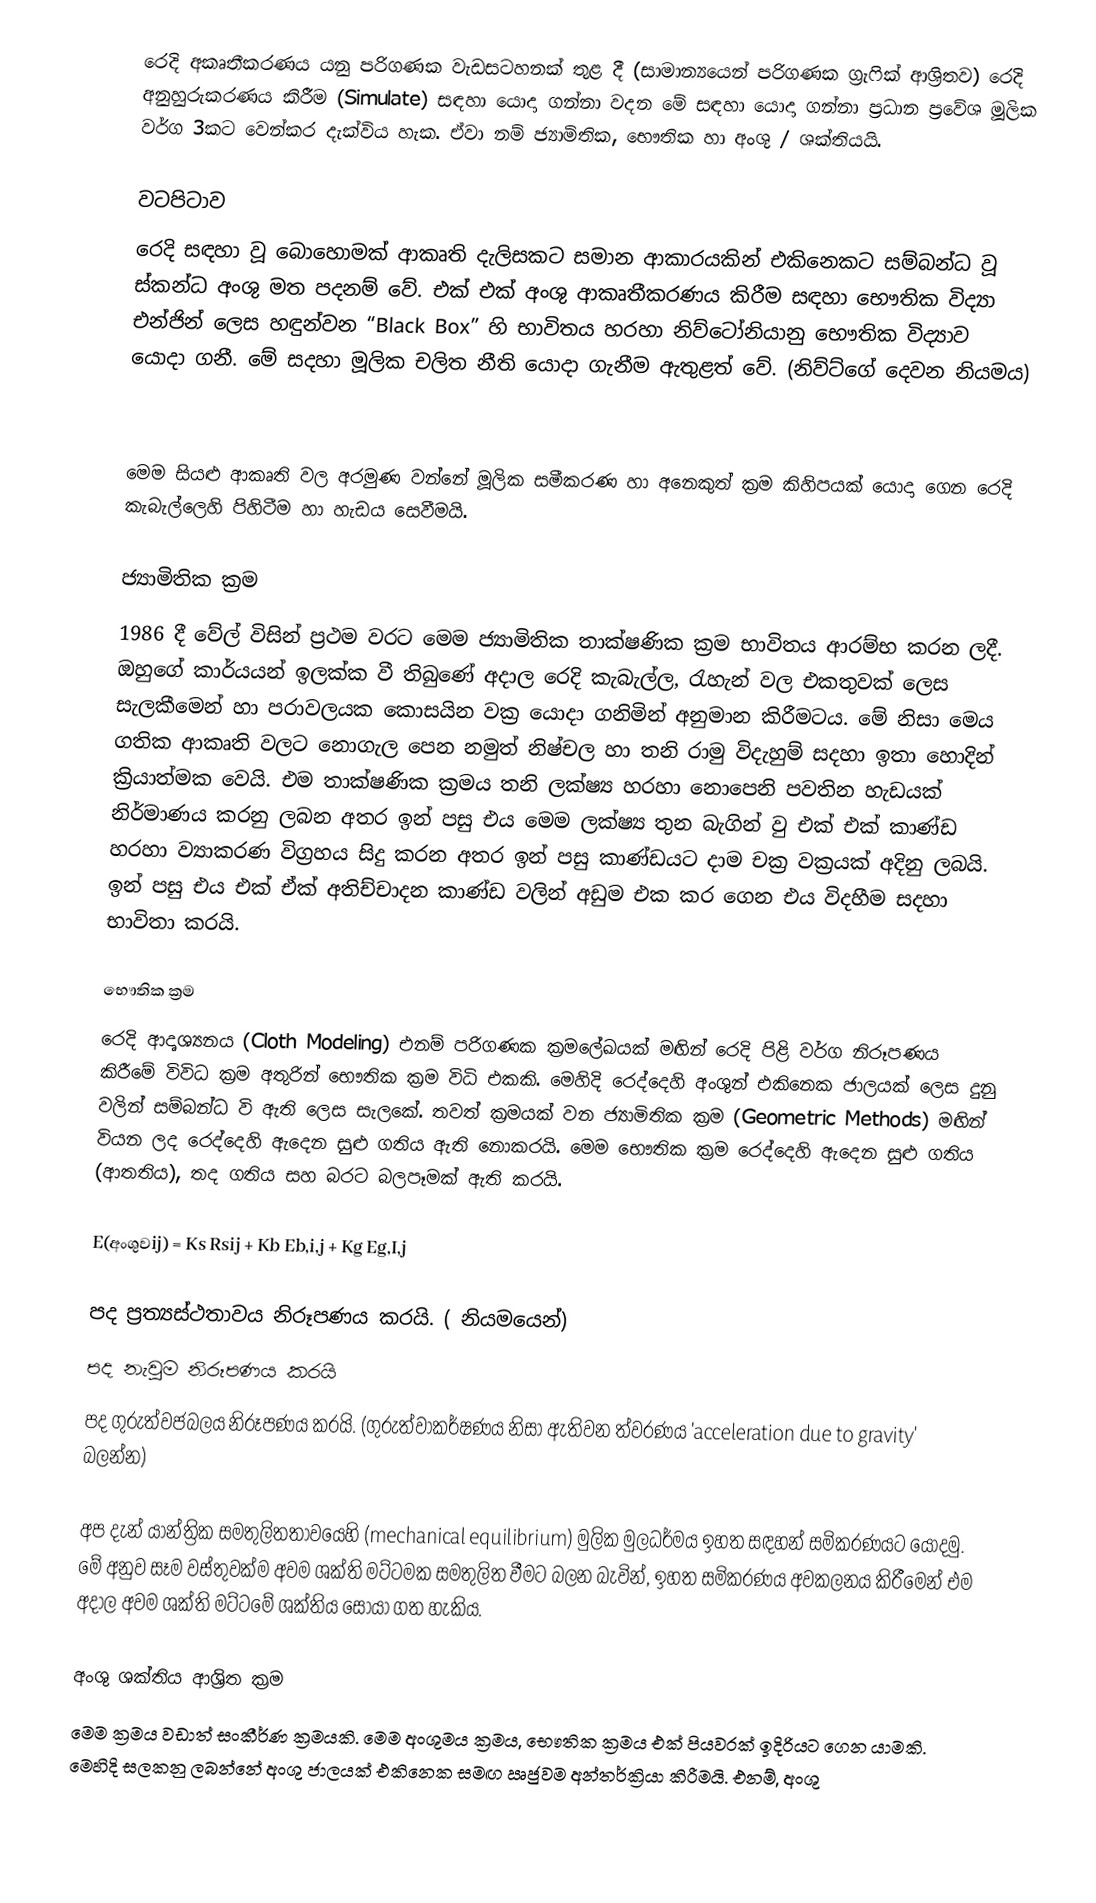
රෙදි අකෘතීකරණය යනු පරිගණක වැඩසටහනක් තුළ දී (සාමාන්‍යයෙන් පරිගණක ග්‍රැෆික් ආශ්‍රිතව) රෙදි අනුහුරුකරණය කිරීම (Simulate) සඳහා යොදා ගන්නා වදන මේ සඳහා යොදා ගන්නා ප්‍රධාන ප්‍රවේශ මූලික වර්ග 3කට වෙන්කර දැක්විය හැක. ඒවා නම් ජ්‍යාමිතික, භෞතික හා අංශු / ශක්තියයි.

වටපිටාව
රෙදි සඳහා වූ බොහොමක් ආකෘති දැලිසකට සමාන ආකාරයකින් එකිනෙකට සම්බන්ධ වූ ස්කන්ධ අංශු මත පදනම් වේ. එක් එක් අංශු ආකෘතීකරණය කිරීම සඳහා භෞතික විද්‍යා එන්ජින් ලෙස හඳුන්වන “Black Box” හි භාවිතය හරහා නිව්ටෝනියානු භෞතික විද්‍යාව යොදා ගනී. මේ සදහා මූලික චලිත නීති යොදා ගැනීම ඇතුළත් වේ. (නිව්ට්ගේ දෙවන නියමය)

මෙම සියළු ආකෘති වල අරමුණ වන්නේ මූලික සමීකරණ හා අනෙකුත් ක්‍රම කිහිපයක් යොදා ගෙන රෙදි කැබැල්ලෙහි පිහිටීම හා හැඩය සෙවීමයි.

ජ්‍යාමිතික ක්‍රම
1986 දී වේල් විසින් ප්‍රථම වරට මෙම ජ්‍යාමිතික තාක්ෂණික ක්‍රම භාවිතය ආරම්භ කරන ලදී. ඔහුගේ කාර්යයන් ඉලක්ක වී තිබුණේ අදාල රෙදි කැබැල්ල, රැහැන් වල එකතුවක් ලෙස සැලකීමෙන් හා පරාවලයක කොසයින වක්‍ර යොදා ගනිමින් අනුමාන කිරීමටය. මේ නිසා මෙය ගතික ආකෘති වලට නොගැල පෙන නමුත් නිෂ්චල හා තනි රාමු විදැහුම් සදහා ඉතා හොදින් ක්‍රියාත්මක වෙයි. එම තාක්ෂණික ක්‍රමය තනි ලක්ෂ්‍ය හරහා නොපෙනි පවතින හැඩයක් නිර්මාණය කරනු ලබන අතර ඉන් පසු එය මෙම ලක්ෂ්‍ය තුන බැගින් වු එක් එක් කාණ්ඩ හරහා ව්‍යාකරණ විග්‍රහය සිදු කරන අතර ඉන් පසු කාණ්ඩයට දාම චක්‍ර වක්‍රයක් අදිනු ලබයි. ඉන් පසු එය එක් ඒක් අතිච්චාදන කාණ්ඩ වලින් අඩුම එක කර ගෙන එය විදහීම සදහා භාවිතා කරයි.

භෞතික ක්‍රම
රෙදි ආදෘශ්‍යනය (Cloth Modeling) එනම් පරිගණක ‍ක්‍රමලේඛයක් මඟින් රෙදි පිළි වර්ග නිරූපණය කිරීමේ විවිධ ක්‍රම අතුරින් භෞතික ක්‍රම විධි එකකි. මෙහිදි රෙද්දෙහි අංශුන් එකිනෙක ජාලයක් ලෙස දුනු වලින් සම්බන්ධ වි ඇති ලෙස සැලකේ. තවත් ක්‍රමයක් වන ජ්‍යාමිතික ක්‍රම  (Geometric Methods) මඟින් වියන ලද රෙද්දෙහි ඇදෙන සුළු ගතිය ඇති නොකරයි. මෙම භෞතික ක්‍රම රෙද්දෙහි ඇදෙන සුළු ගතිය (ආතතිය), තද ගතිය සහ බරට බලපෑමක් ඇති කරයි.

E(අංශුවij)  = Ks Rsij + Kb Eb,i,j + Kg Eg,I,j

	පද ප්‍රත්‍යස්ථතාවය නිරූපණය කරයි. ( නියමයෙන්)
	පද නැවුම නිරූපණය කරයි
	පද ගුරුත්වජබලය නිරූපණය කරයි. (ගුරුත්වාකර්ෂණය නිසා ඇතිවන ත්වරණය 'acceleration due to gravity' බලන්න)

අප දැන් යාන්ත්‍රික සමතුලිතතාවයෙහි (mechanical equilibrium) මුලික මුලධර්මය ඉහත සඳහන් සමිකරණයට යොදමු. මේ අනුව සෑම වස්තුවක්ම අවම ශක්ති මට්ටමක සමතුලිත වීමට බලන බැවින්, ඉහත සමිකරණය අවකලනය කිරීමෙන් එම අදාල අවම ශක්ති මට්ටමේ ශක්තිය සොයා ගත හැකිය.

අංශු ශක්තිය ආශ්‍රිත ක්‍රම
මෙම ක්‍රමය වඩාත් සංකීර්ණ ක්‍රමයකි. මෙම අංශුමය ක්‍රමය, භෞතික ක්‍රමය එක් පියවරක් ඉදිරියට ගෙන යාමකි. මෙහිදි සලකනු ලබන්නේ අංශු ජාලයක් එකිනෙක සමඟ ඍජුවම අන්තර්ක්‍රියා කිරීමයි. එනම්, අංශු